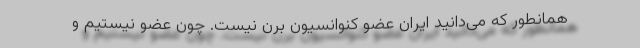
همانطور که می‌دانید ایران عضو کنوانسیون برن نیست. چون عضو نیستیم و